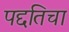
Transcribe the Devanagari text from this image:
पद्दतिचा